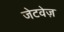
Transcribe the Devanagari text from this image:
जेटवेज़